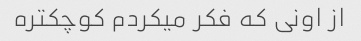
از اونی که فکر میکردم کوچکتره